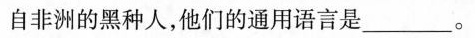
自非洲的黑种人，他们的通用语言是___。